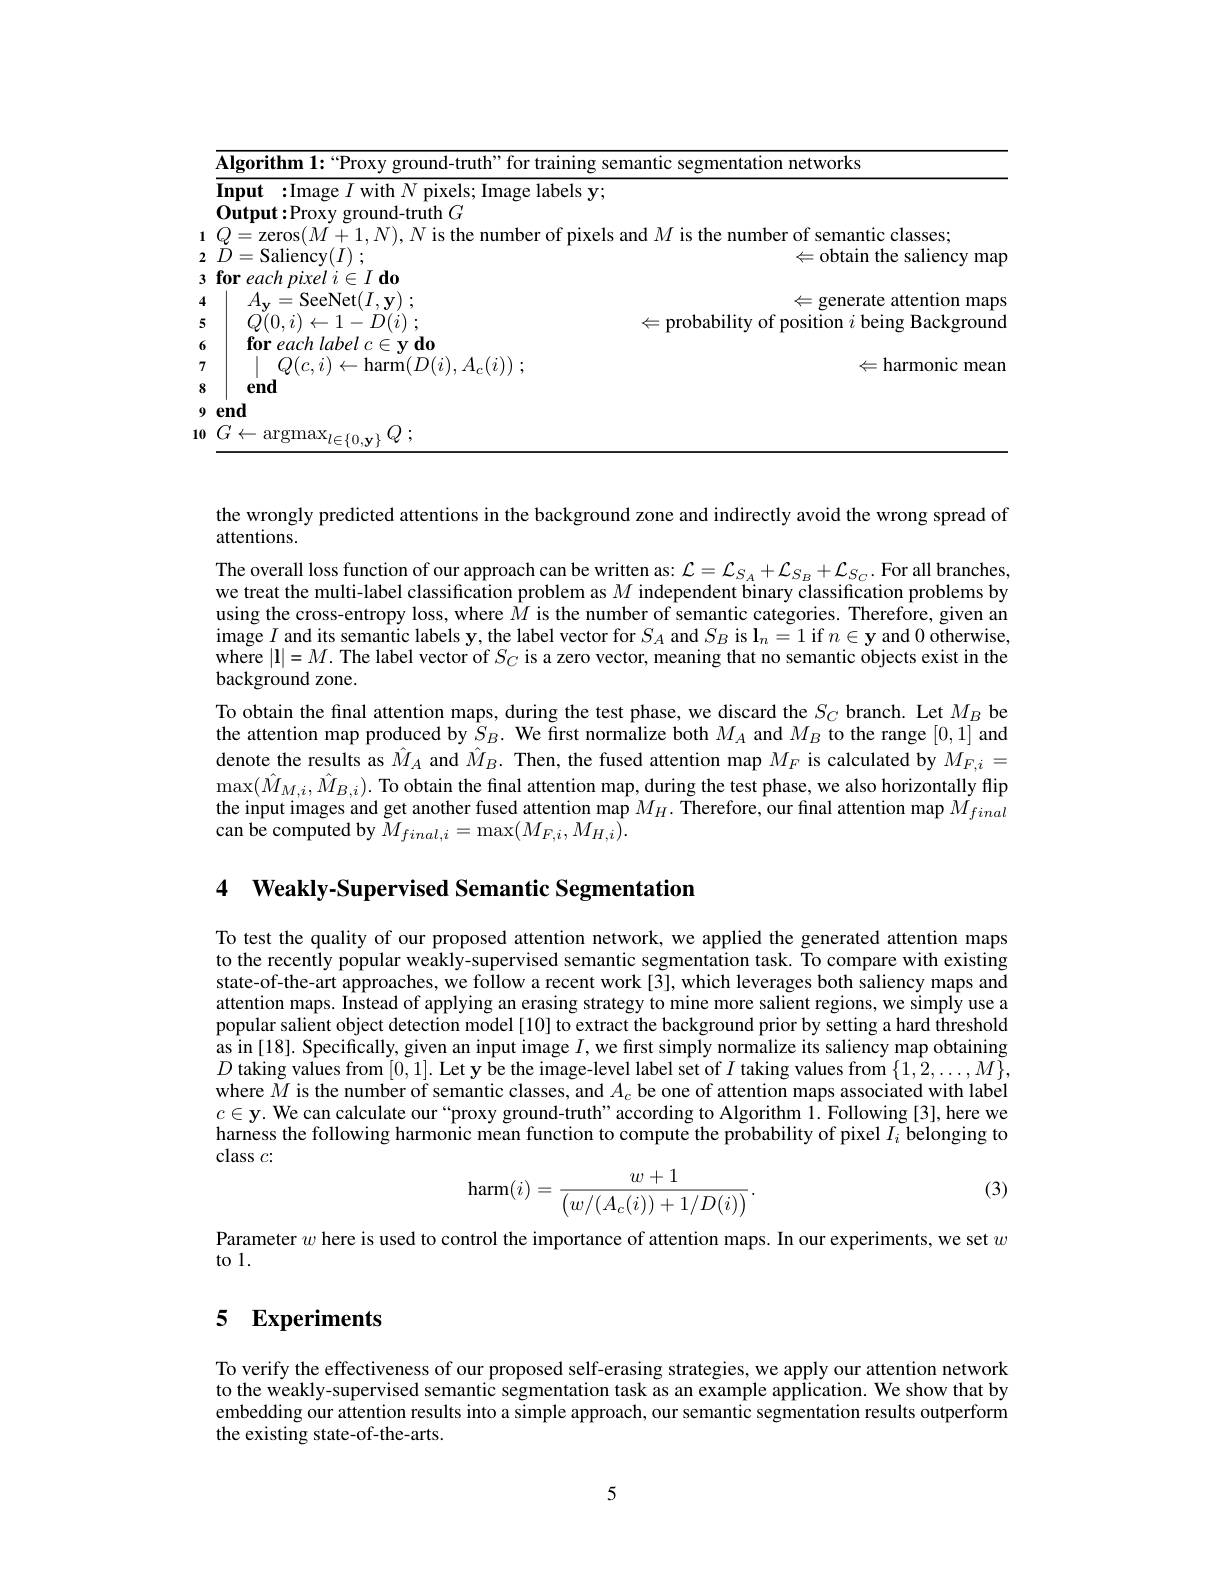
<table>
	<tbody>
		<tr>
			<td>Algorit</td>
			<td>$\varepsilon$ segmentation networks</td>
		</tr>
		<tr>
			<td>$A.$ 4 $\mathbf{V}$</td>
			<td>mams</td>
		</tr>
		<tr>
			<td>5</td>
			<td>probability of position $i$ being Background</td>
		</tr>
		<tr>
			<td>for 6</td>
			<td> </td>
		</tr>
		<tr>
			<td>7</td>
			<td>$\Leftarrow$harmonic mean</td>
		</tr>
		<tr>
			<td>$G$ $\leftarrow$ 0 $al$</td>
			<td> </td>
		</tr>
	</tbody>
</table>

the wrongly predicted attentions in the background zone and indirectly avoid the wrong spread of
attentions.
The overall loss function of our approach can be written as: $\mathcal{L}=\mathcal{L}_{S_A}+\mathcal{L}_{S_B}+\mathcal{L}_{S_C}.$ For all branches, we treat the multi-label classification problem as $M$ independent binary classification problems by using the cross-entropy loss, where $\bar{M}$ is the number of semantic categories. Therefore, given an image $I$ and its semantic labels y, the label vector for $S_A$ and $S_B$ is $\mathbf{l}_n=1$ if $n\in\mathbf{y}$ and 0 otherwise where $|\mathbf{l}|=M.$ The label vector of $S_C$ is a zero vector, meaning that no semantic objects exist in the background zone.
To obtain the final attention maps, during the test phase, we discard the $S_C$ branch. Let $M_B$ be the attention map produced by $\hat{S}_B.$ We first normalize both $M_A$ and $M_B$ to the range [0,1] and denote the results as $\hat{M}_A$ and $\hat{M}_B.$ Then, the fused attention map $M_F$ is calculated by $M_{F,i}=$ $\max(\hat{M}_{M,i},\hat{M}_{B,i}).$To obtain the final attention map, during the test phase, we also horizontally flip the input images and get another fused attention map $M_H.$ Therefore, our final attention map $M_{final}$ can be computed by $M_{final,i}=\max(M_{F,i},M_{H,i}).$

4 Weakly-Supervised Semantic Segmentation

To test the quality of our proposed attention network, we applied the generated attention maps to the recently popular weakly-supervised semantic segmentation task. To compare with existing state-of-the-art approaches, we follow a recent work [3], which leverages both saliency maps and attention maps. Instead of applying an erasing strategy to mine more salient regions, we simply use a popular salient object detection model [10] to extract the background prior by setting a hard threshold as in [18]. Specifically, given an input image $I$,we first simply normalize its saliency map obtaining $D$ taking values from [0,1]. Let y be the image-level label set of $I$ taking values from $\{1,\hat{2},\ldots,M\}$ where $M$ is the number of semantic classes, and $A_c$ be one of attention maps associated with label $c\in\mathbf{y}.$ We can calculate our“proxy ground-truth”according to Algorithm 1. Following [3], here we harness the following harmonic mean function to compute the probability of pixel $I_i$ belonging to class $c:$

(3)
$$\mathrm{harm}(i)=\frac{w+1}{\left(w/(A_c(i))+1/D(i)\right)}.$$
Parameter $w$ here is used to control the importance of attention maps. In our experiments, we set $w$
to l.

# 5 Experiments

To verify the effectiveness of our proposed self-erasing strategies, we apply our attention network to the weakly-supervised semantic segmentation task as an example application. We show that by embedding our attention results into a simple approach, our semantic segmentation results outperform the existing state-of-the-arts.

5